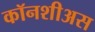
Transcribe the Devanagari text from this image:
कॉनशीअस